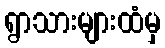
ရွာသားများထံမှ